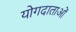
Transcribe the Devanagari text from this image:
योगदाताओं